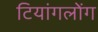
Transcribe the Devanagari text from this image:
टियांगलोंग